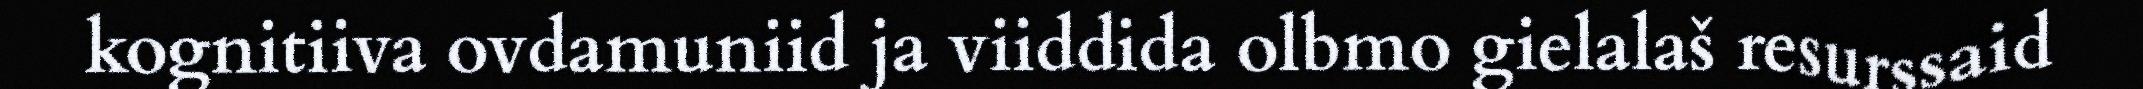
kognitiiva ovdamuniid ja viiddida olbmo gielalaš resurssaid